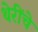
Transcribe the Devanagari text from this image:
थेरींचे